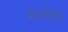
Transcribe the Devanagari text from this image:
मंगलचिह्नों